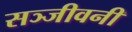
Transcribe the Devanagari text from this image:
सञ्जीवनी